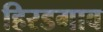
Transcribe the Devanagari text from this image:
हिरडगाव